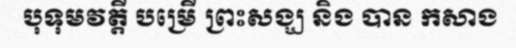
បុទុមវត្តី បម្រើ ព្រះសង្ឃ និង បាន កសាង